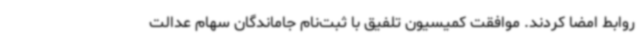
روابط امضا کردند. موافقت کمیسیون تلفیق با ثبت‌نام جاماندگان سهام عدالت